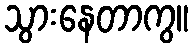
သွားနေတာကွ။